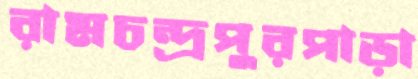
রামচন্দ্রপুরপাড়া